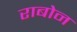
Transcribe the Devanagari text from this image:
राबोन